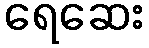
ရေဆေး